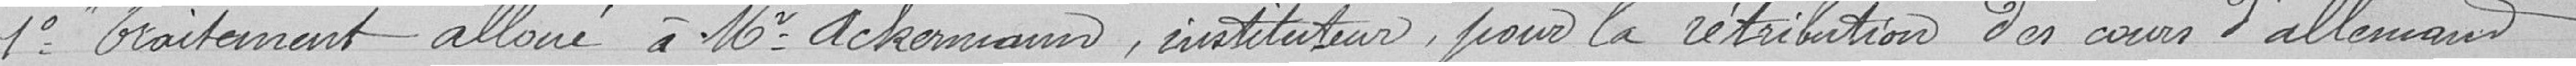
1° "Traitement alloué à Mr. Ackermann, instituteur, pour la rétribution des cours d'allemand